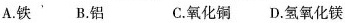
A.铁'B.铝 C.氧化铜D.氢氧化镁